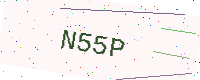
Text: N55P